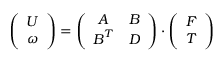
\left( \begin{array} { c } { \boldsymbol { U } } \\ { \omega } \end{array} \right) = \left( \begin{array} { c c } { \boldsymbol { A } } & { \boldsymbol { B } } \\ { \boldsymbol { B } ^ { T } } & { \boldsymbol { D } } \end{array} \right) \cdot \left( \begin{array} { c } { \boldsymbol { F } } \\ { \boldsymbol { T } } \end{array} \right)